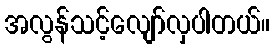
အလွန်သင့်လျော်လှပါတယ်။